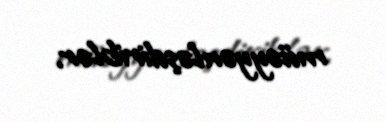
müəyyənləşdiriblər.